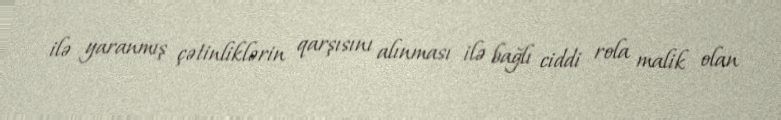
ilə yaranmış çətinliklərin qarşısını alınması ilə bağlı ciddi rola malik olan